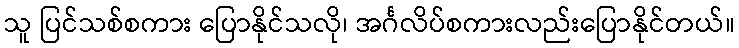
သူ ပြင်သစ်စကား ပြောနိုင်သလို၊ အင်္ဂလိပ်စကားလည်းပြောနိုင်တယ်။